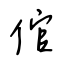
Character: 倌